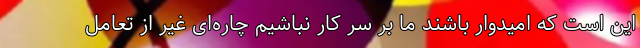
این است که امیدوار باشند ما بر سر کار نباشیم چاره‌ای غیر از تعامل